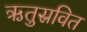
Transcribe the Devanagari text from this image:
ऋतुस्रवित